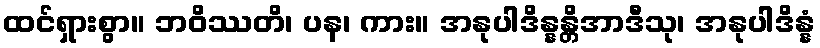
ထင်ရှားစွာ။ ဘဝိဿတိ၊ ပန၊ ကား။ အနုပါဒိန္နန္တိအာဒီသု၊ အနုပါဒိန္နံ